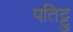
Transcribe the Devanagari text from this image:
पतिट्टु